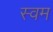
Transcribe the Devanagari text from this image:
स्वम